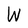
Character: W